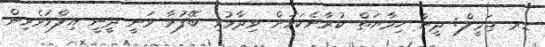
ޑރ ޖަމީލް: ދީން ހިމާޔަތް ކުރާނެކަމަށް ވިދާޅުވި ބޭފުޅާ ވަނީ ދީނީ އިލްމުވެރިން